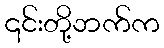
၎င်းတို့ဘက်က